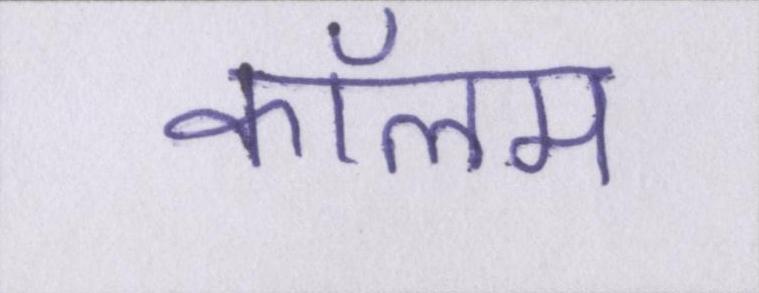
कॉलम